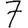
Digit: 7